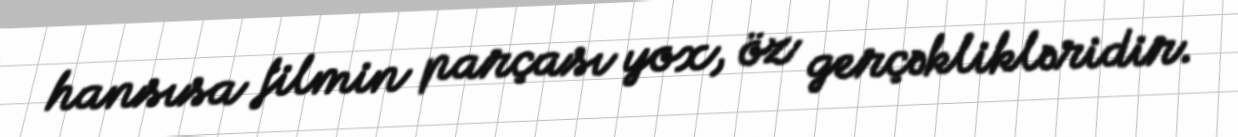
hansısa filmin parçası yox, öz gerçəklikləridir.